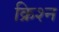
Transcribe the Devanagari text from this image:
क्रिश्न